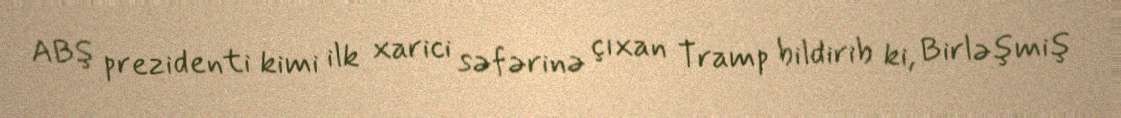
ABŞ prezidenti kimi ilk xarici səfərinə çıxan Tramp bildirib ki, Birləşmiş